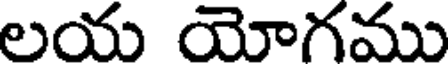
లయ యోగము